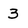
Character: 3